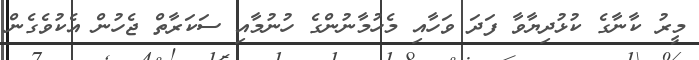
މީރު ކާނާގެ ކުޅުދިޔާވާ ފަދަ ވަހާއި މެހުމާނުންގެ ހުނުމާއި ސަކަރާތް ޖެހުން އެކުވެގެން